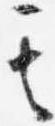
其